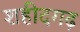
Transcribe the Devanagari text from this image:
शहीदगढ़